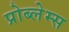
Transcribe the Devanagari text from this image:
प्रोब्लेम्स